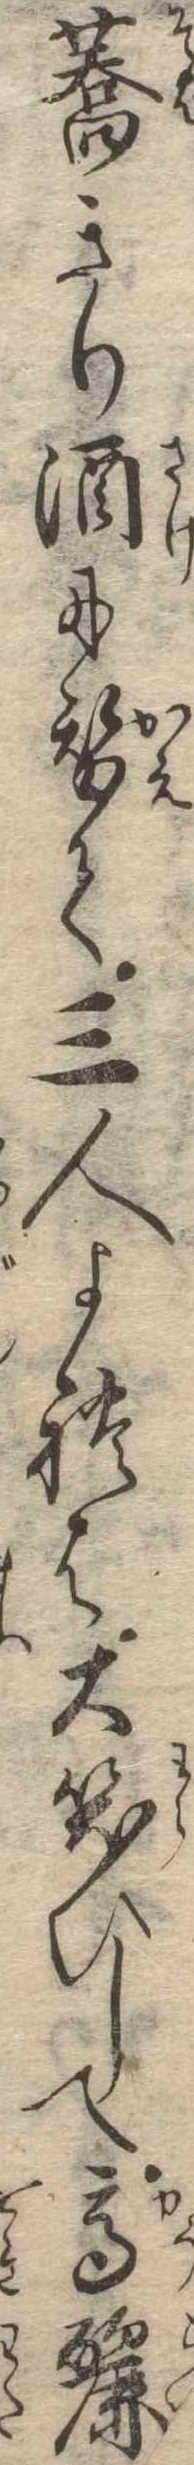
蕎きり酒に替て三人よれは大笑ひして高麗